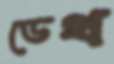
ডেথ